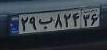
۲۹ب۸۲۴۳۶